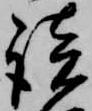
談